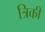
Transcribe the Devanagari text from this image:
त्रिकी